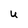
Character: U